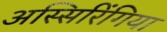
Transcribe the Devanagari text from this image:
अस्सिरिंगिया